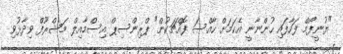
"ޔުނީފޯމް ފަހާފައި ހުންނާނީ އެކަމަށް ހާއްސަ ފޮއްޗަކުން" ޕްރިންސިޕް އިސްމާއިލް މަޝްރޫފް ވިދާޅުވި